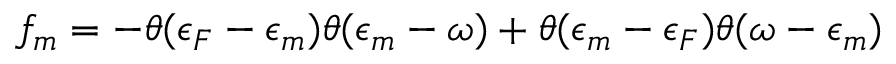
f _ { m } = - \theta ( \epsilon _ { F } - \epsilon _ { m } ) \theta ( \epsilon _ { m } - \omega ) + \theta ( \epsilon _ { m } - \epsilon _ { F } ) \theta ( \omega - \epsilon _ { m } )